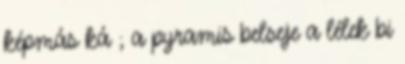
képmás ká ; a pyramis belseje a lélek bi